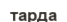
тарда